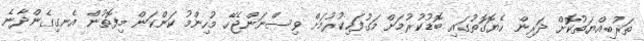
ތަރުބިއްޔަތުކޮށް ދަރިން ހެޔޮގޮތުގައި ބޮޑުކުރުމަށް މަގުފަހިކުރުމަށް ވިސްނަންޖެހޭ މުހިންމު ކަންކަން މިފޮތުން އެނގިގެންދާނެ